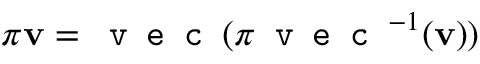
\pi \mathbf { v } = \texttt { v e c } ( \pi \texttt { v e c } ^ { - 1 } ( \mathbf { v } ) )